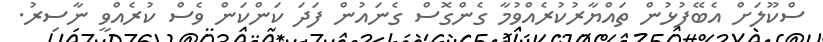
ސްކޫލަށް އެބޭފުޅުން ތައްޔާރުކުރެއްވުމާ ގެންގޮސް ގެނައުން ފަދަ ކަންކަން ވެސް ކުރެއްވީ ނާސިރު.